Lunatic asylums in Bengal annual reports 1912-1924 - 1912-1924
Year: 1912
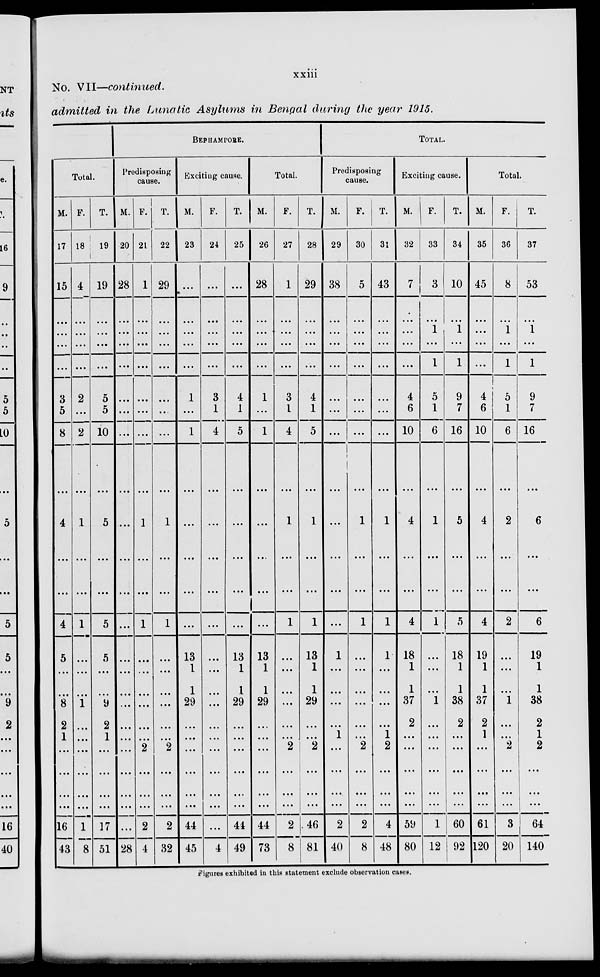
xxiii
No. VII—continued.
admitted in the Lunatic Asylums in Bengal during the year 1915.
Total.
M.
17
15
...
...
...
...
3
5
8
...
4
...
...
4
5
...
...
8
2
1
...
...
...
...
16
43
F.
18
4
...
...
...
...
2
...
2
...
1
...
...
1
...
...
...
1
...
...
...
...
...
...
1
8
T.
19
19
...
...
...
...
5
5
10
...
5
...
...
5
5
...
...
9
2
1
...
...
...
...
17
51
BERHAMPORE.
Predisposing
cause.
M.
20
28
...
...
...
...
...
...
...
...
...
...
...
...
...
...
...
...
...
...
...
...
...
...
...
28
F.
21
1
...
...
...
...
...
...
...
...
1
...
...
1
...
...
...
...
...
...
2
...
...
...
2
4
T.
22
29
...
...
...
...
....
...
...
...
1
...
...
1
...
...
...
...
...
...
2
...
...
...
2
32
Exciting cause.
M.
23
...
...
...
...
...
1
...
1
...
...
...
...
...
13
1
1
29
...
...
...
...
...
...
44
45
F.
24
...
...
...
...
...
3
1
4
...
...
...
...
...
...
...
...
...
...
...
...
...
...
...
...
4
T.
25
...
...
...
...
...
4
1
5
...
...
...
...
...
13
1
1
29
...
...
...
...
...
...
44
49
Total.
M.
26
28
...
...
...
...
1
...
1
...
...
...
...
...
13
1
1
29
...
...
...
...
...
...
44
73
F.
27
1
...
...
...
...
3
1
4
...
1
...
...
1
...
...
...
...
...
...
2
...
...
...
2
8
T.
28
29
...
...
...
...
4
1
5
...
1
...
...
1
13
1
1
29
...
...
2
...
...
...
46
81
TOTAL.
Predisposing
cause.
M.
29
38
...
...
...
...
...
...
...
...
...
...
...
...
1
...
...
...
...
1
...
....
...
...
2
40
F.
30
5
...
...
...
...
...
...
...
...
1
...
...
1
...
...
...
...
...
...
2
...
...
...
2
8
T.
31
43
...
...
...
...
...
...
...
...
1
...
...
1
1
...
...
...
...
1
2
...
...
...
4
48
Exciting cause.
M.
32
7
...
...
...
...
4
6
10
...
4
...
...
4
18
1
1
37
2
...
...
...
...
...
59
80
F.
33
3
...
1
...
1
5
1
6
...
1
...
...
1
...
...
...
1
...
...
...
...
...
...
1
12
T.
34
10
...
1
...
1
9
7
16
...
5
...
...
5
18
1
1
38
2
...
...
...
...
...
60
92
Total.
M.
35
45
...
...
...
...
4
6
10
...
4
...
...
4
19
1
1
37
2
1
...
...
...
...
61
120
F.
36
8
...
1
...
1
5
1
6
...
2
...
...
2
...
...
...
1
...
...
2
...
...
...
3
20
T.
37
53
...
1
...
1
9
7
16
...
6
...
...
6
19
1
1
38
2
1
2
...
...
...
64
140
Figures exhibited in this statement exclude observation cases.